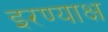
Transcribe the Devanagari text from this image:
इरण्याक्ष